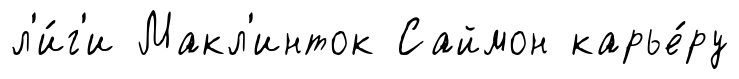
л'и́г'и Макл'инток Саймон карье́ру